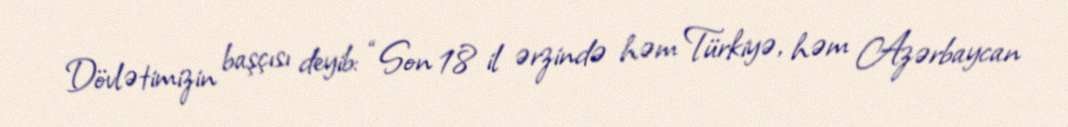
Dövlətimizin başçısı deyib: “Son 18 il ərzində həm Türkiyə, həm Azərbaycan